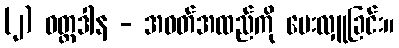
(၂) ဝတ္ထဒါန - အဝတ်အထည်ကို ပေးလှူခြင်း။